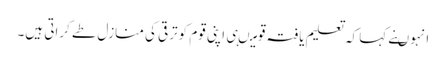
انہوںنے کہا کہ تعلیم یافتہ قومیںہی اپنی قوم کوترقی کی منازل طے کراتی ہیں۔